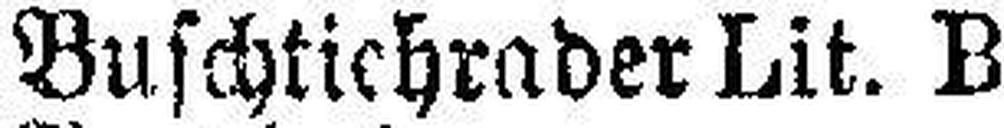
Buschtichrader Lit. B